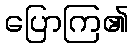
ပြောကြ၏